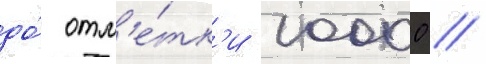
до́ отм'е́тк'и 10000 //